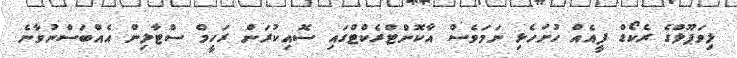
ލިވަޕޫލްގެ ރެކޯޑް ފީއެއް ހުށަހެޅި ނަމަވެސް އާކޮންޓްރެކްޓްގައި ސޮއިކުރަން ރަހީމް ސްޓާލިން އެއްބަސްނުވާނެ